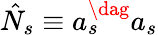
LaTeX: \hat{N}_{s}\equiv a_{s}^{\dag}a_{s}